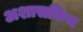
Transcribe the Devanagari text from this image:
अशासकिय